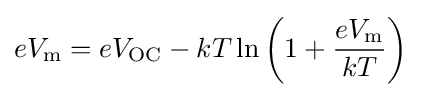
eV_{\text{m}}=eV_{\text{OC}}-kT\ln \left(1+{\frac {eV_{\text{m}}}{kT}}\right)